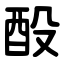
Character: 酘